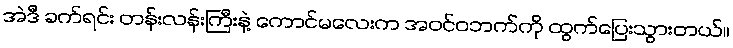
အဲဒီ ခက်ရင်း တန်းလန်းကြီးနဲ့ ကောင်မလေးက အဝင်ဝဘက်ကို ထွက်ပြေးသွားတယ်။